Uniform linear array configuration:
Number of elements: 8
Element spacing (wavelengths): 0.75
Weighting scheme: kaiser
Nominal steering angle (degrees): -15
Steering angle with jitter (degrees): -13.018
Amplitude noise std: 0.05
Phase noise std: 0.05

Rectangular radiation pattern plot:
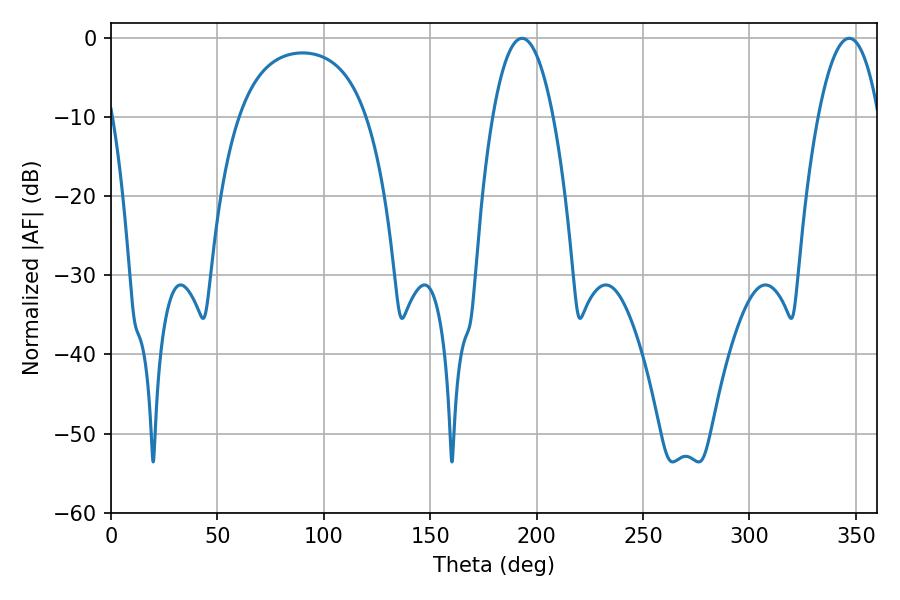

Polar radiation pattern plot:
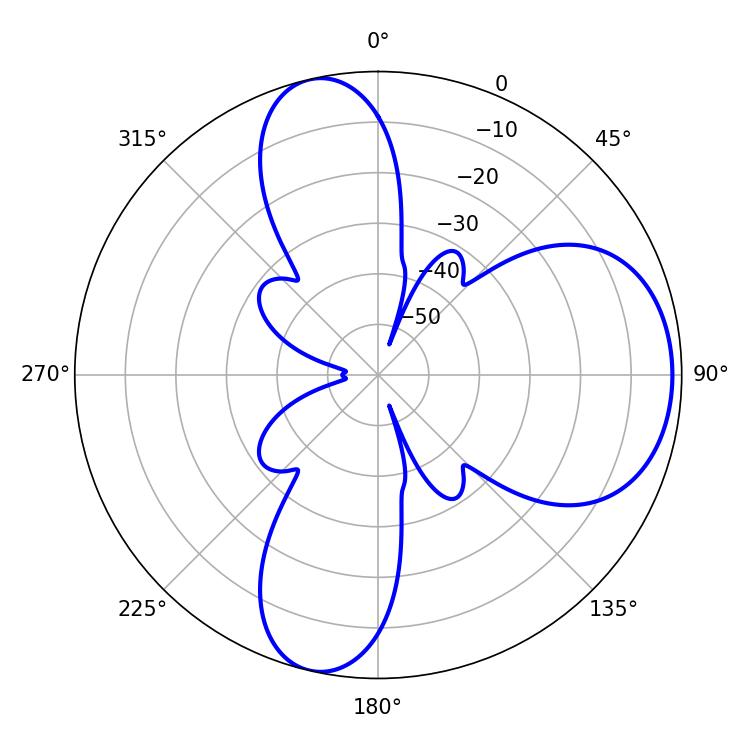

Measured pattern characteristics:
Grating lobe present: TRUE
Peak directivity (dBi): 7.968
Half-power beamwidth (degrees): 15.66
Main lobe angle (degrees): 193.14